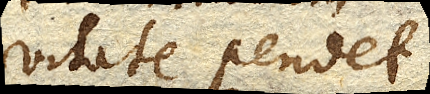
vitate pendet.